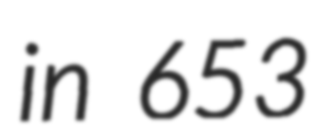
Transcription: in 653